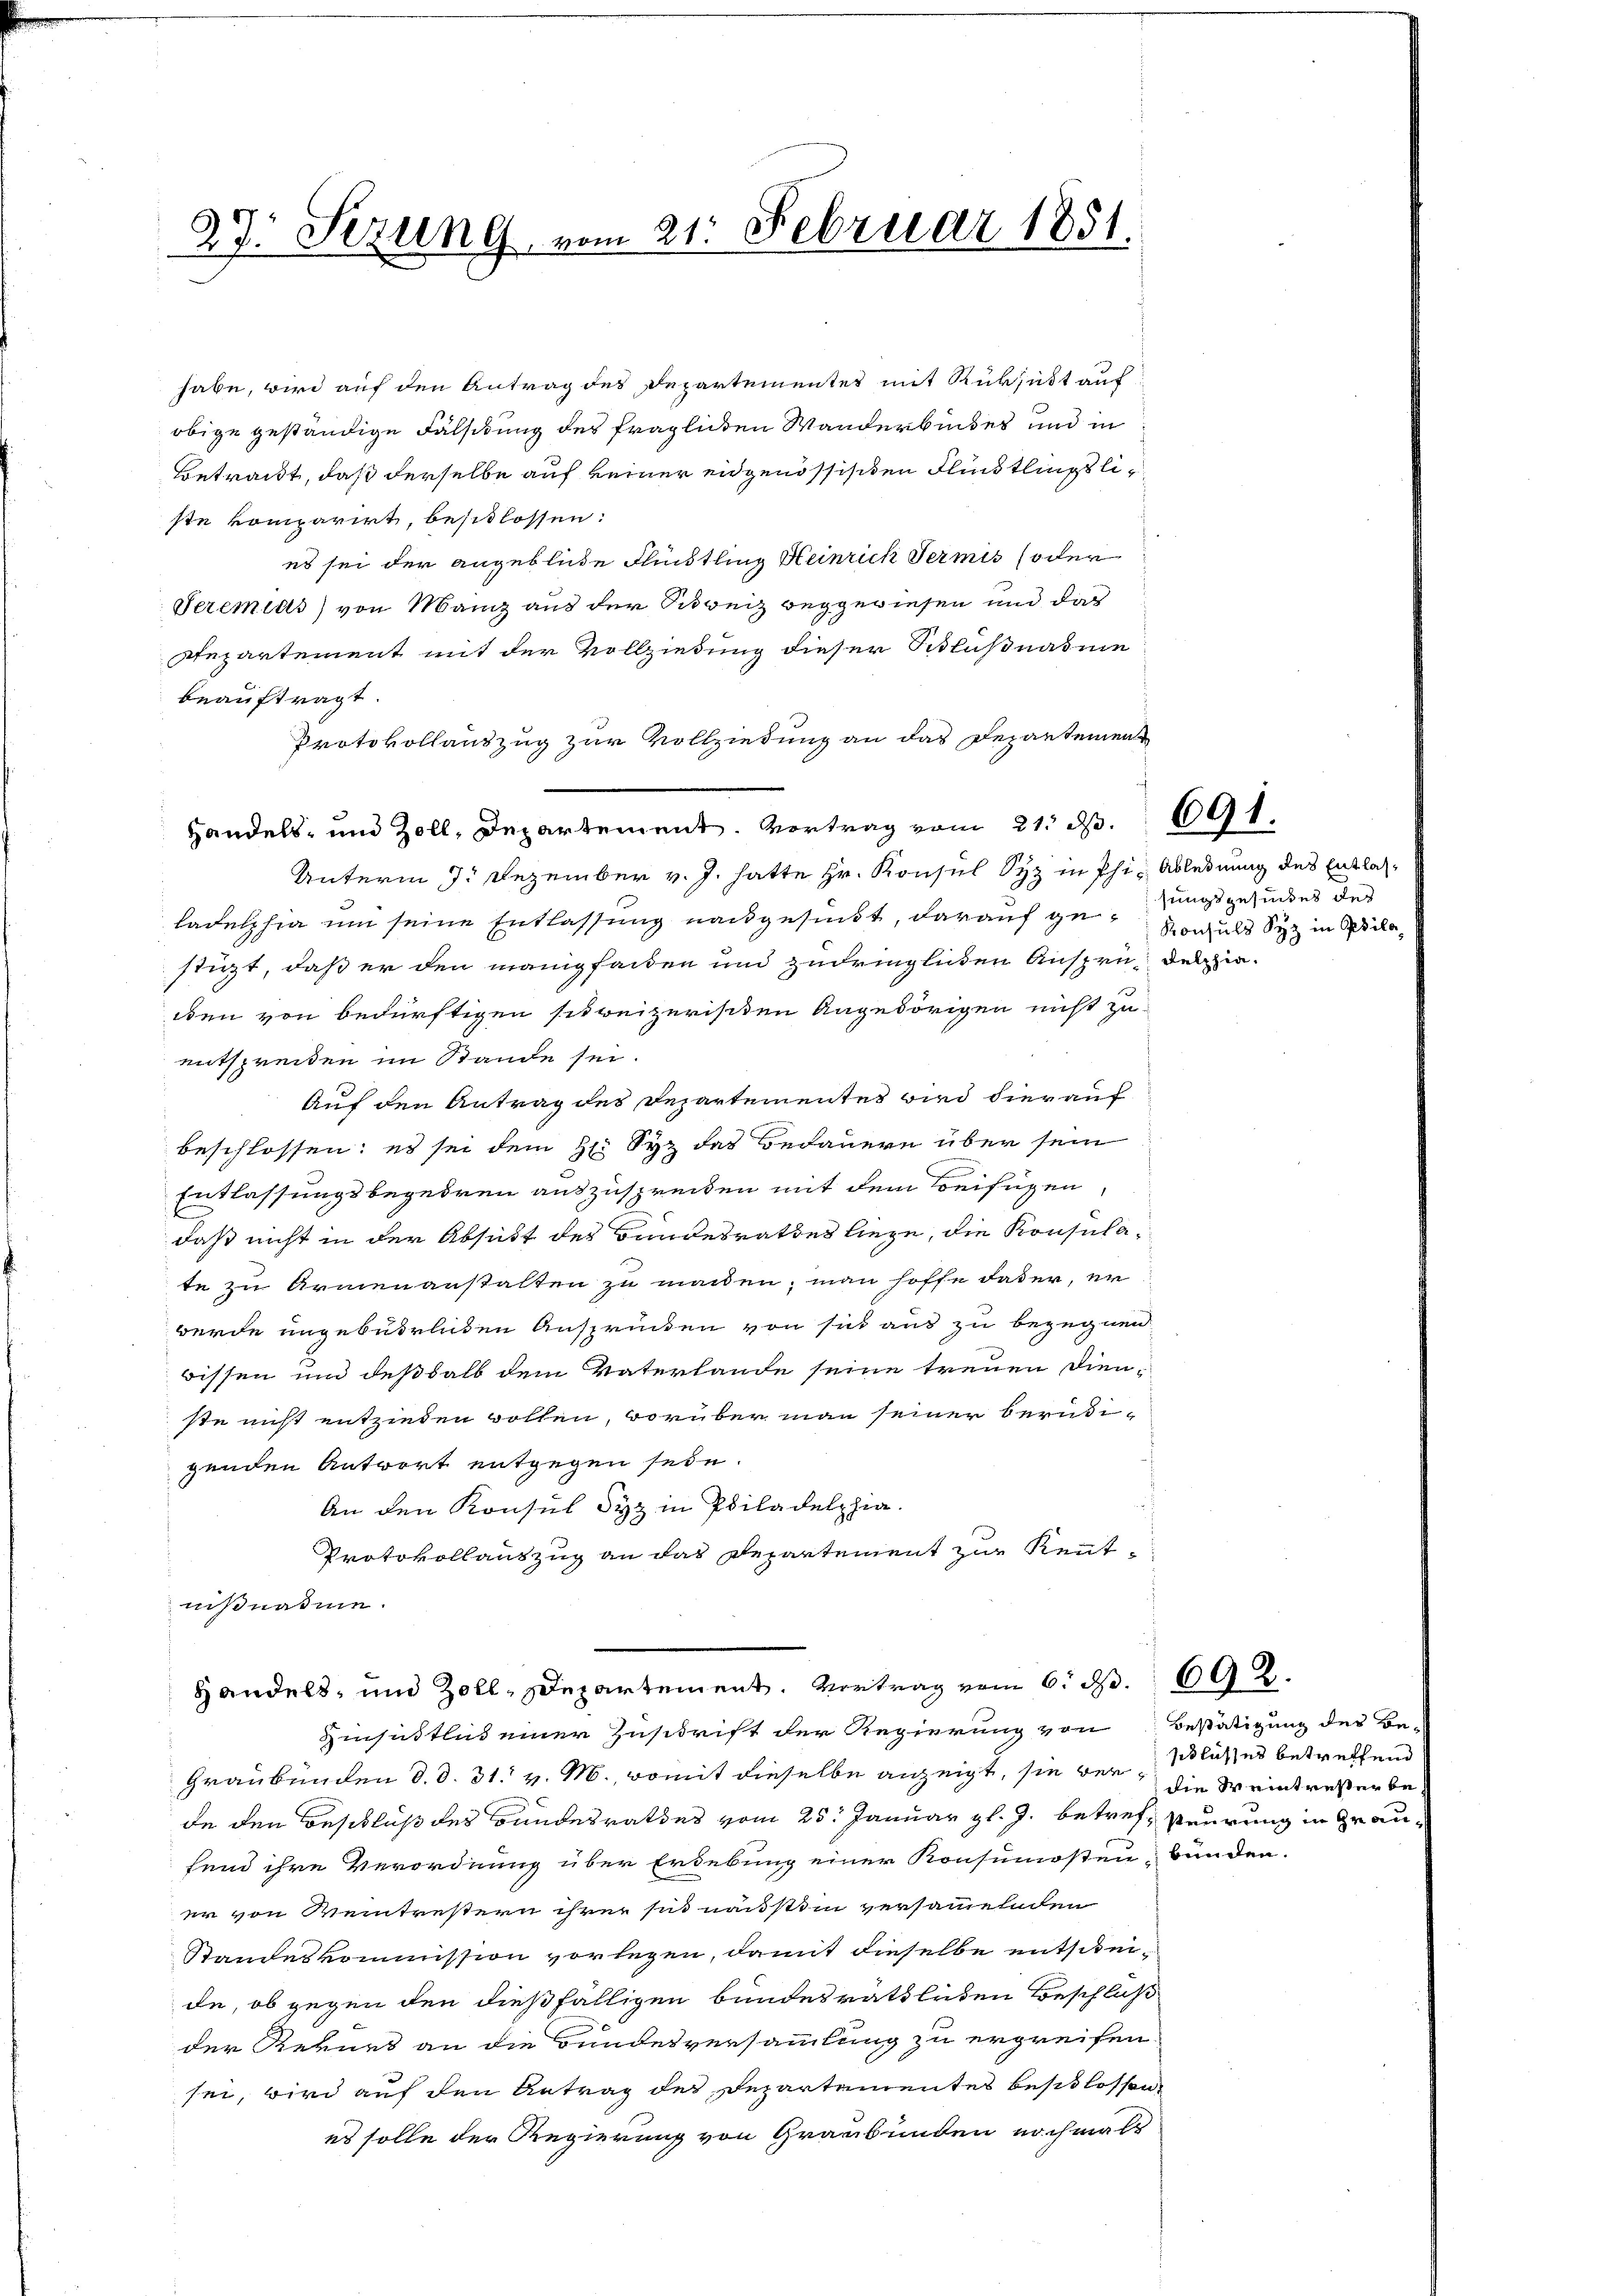
27. Sezung vom 21. Februar 1851.

ste komparirt, besitlossen:
es sei der angebliche Flüchtling Heinrich Termis oder
Seremias) von Manz aus der Schweiz weggewiesen und da
Departement mit der Vollziedung dieser Schlußnahme
beauftragt.
Protokollauszug zur Vollziedung an das Departement
Handels- und Zoll, Departement. Vortrag vom 21. d. 691.
Unterm 7. Dezember v. J. hatte Hr. Konsul Syz in Phi- Ablehnung des Entlasladelphia und seine Entlassung nachgesundt, darauf gerungsgesundes des
stüzt, daß er den manigfaden und zudringlichen Ansprudenzieden von bedürftigen sit reizerischen Angehörigen nicht zu
entspreiden im Stande sei.
Auf den Antrag des Departementes wird hier auf
beschlossen: es sei dem H. Syz das Bedauern über sein
Entlassungsbegehren auszuspreiden mit dem Beifügen
daß nicht in der Absicht des Bundesrathes liege, die Konsulate zu Armenanstalten zu machen, man hoffe daher, er
werde ungebührlichen Ansprücken von sich aus zu begegnen
wissen und deßhalb dem Vaterlande seine treuen Dienste nicht entzieden wollen, worüber man seiner berudi-
genden Antwort entgegen sein.
An den Konsul Syz in Philadelphia.
Protokollauszug an das Departement zur Kennt-
nißnahme.
Handels- und Zoll, Departement. Vertrag vom 6. d.

habe, wird auf den Antrag des Departementes mit Rücksicht auf
obige geständige Fälschung des fraglichen Wanderbundes und in
Betracht, daß derselbe auf keiner eidgenössischen Flindtlings li¬

Hinsichtlich einer Zuschrift der Regierung von Bestätigung des Be-

Konsuls Syz in Pila

Graubünden d. d. 31. v. M., womit dieselbe anzeigt, sie der Klasses betreffend
de den Beschluß des Bundesrathes vom 25. Januar gl. J. betreff steurung in Graufend ihre Verordnung über Erdebung einer Konsumosten bunden.
er von Weintrestern ihrer sie nächstiin versammelnden
Standeskommission vorlegen, damit dieselbe entsumde, ob gegen den dießfälligen bundesrathlichen Beschluß
der Rekurs an die Bundesversammlung zu ergreifen.
sei, wird auf den Antrag des Departementes beschlossen,
es solle der Regierung von Graubünden nochmals

692.

die Weintreser be¬